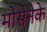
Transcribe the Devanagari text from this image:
मोसेनेके